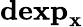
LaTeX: \mathbf{dexp}_{\mathbf{x}}